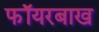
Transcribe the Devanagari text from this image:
फॉयरबाख